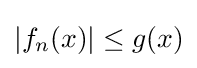
|f_{n}(x)|\leq g(x)